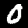
Label: 0